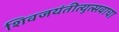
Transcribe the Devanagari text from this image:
शिवजयंतीत्युत्सवाचा